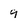
Character: 9